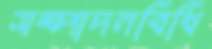
সম্পাদনবিধি